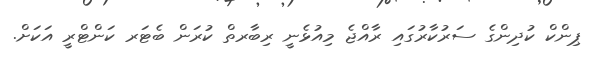
ޕިންކް ކުދިންގެ ސަރުކާރުގައި ރާއްޖެ މިއުޅެނީ ރިބާރތް ކުރަން ބެޓަރ ކަންޓްރީ އަކަށް.